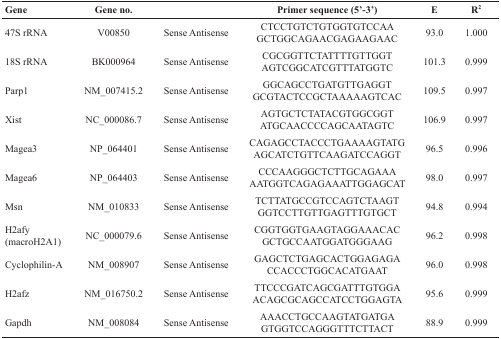
<table><thead><tr><td><b>Gene</b></td><td><b>Gene no.</b></td><td></td><td><b>Primer sequence (5’-3’)</b></td><td><b>E</b></td><td><b>R<sup>2</sup></b></td></tr></thead><tbody><tr><td>47S rRNA</td><td>V00850</td><td>Sense Antisense</td><td>CTCCTGTCTGTGGTGTCCAAGCTGGCAGAACGAGAAGAAC</td><td>93.0</td><td>1.000</td></tr><tr><td>18S rRNA</td><td>BK000964</td><td>Sense Antisense</td><td>CGCGGTTCTATTTTGTTGGTAGTCGGCATCGTTTATGGTC</td><td>101.3</td><td>0.999</td></tr><tr><td>Parp1</td><td>NM_007415.2</td><td>Sense Antisense</td><td>GGCAGCCTGATGTTGAGGTGCGTACTCCGCTAAAAAGTCAC</td><td>109.5</td><td>0.997</td></tr><tr><td>Xist</td><td>NC_000086.7</td><td>Sense Antisense</td><td>AGTGCTCTATACGTGGCGGTATGCAACCCCAGCAATAGTC</td><td>106.9</td><td>0.997</td></tr><tr><td>Magea3</td><td>NP_064401</td><td>Sense Antisense</td><td>CAGAGCCTACCCTGAAAAGTATGAGCATCTGTTCAAGATCCAGGT</td><td>96.5</td><td>0.996</td></tr><tr><td>Magea6</td><td>NP_064403</td><td>Sense Antisense</td><td>CCCAAGGGCTCTTGCAGAAAAATGGTCAGAGAAATTGGAGCAT</td><td>98.0</td><td>0.997</td></tr><tr><td>Msn</td><td>NM_010833</td><td>Sense Antisense</td><td>TCTTATGCCGTCCAGTCTAAGTGGTCCTTGTTGAGTTTGTGCT</td><td>94.8</td><td>0.994</td></tr><tr><td>H2afy (macroH2A1)</td><td>NC_000079.6</td><td>Sense Antisense</td><td>CGGTGGTGAAGTAGGAAACACGCTGCCAATGGATGGGAAG</td><td>96.2</td><td>0.998</td></tr><tr><td>Cyclophilin-A</td><td>NM_008907</td><td>Sense Antisense</td><td>GAGCTCTGAGCACTGGAGAGACCACCCTGGCACATGAAT</td><td>96.0</td><td>0.998</td></tr><tr><td>H2afz</td><td>NM_016750.2</td><td>Sense Antisense</td><td>TTCCCGATCAGCGATTTGTGGAACAGCGCAGCCATCCTGGAGTA</td><td>95.6</td><td>0.999</td></tr><tr><td>Gapdh</td><td>NM_008084</td><td>Sense Antisense</td><td>AAACCTGCCAAGTATGATGAGTGGTCCAGGGTTTCTTACT</td><td>88.9</td><td>0.999</td></tr></tbody></table>